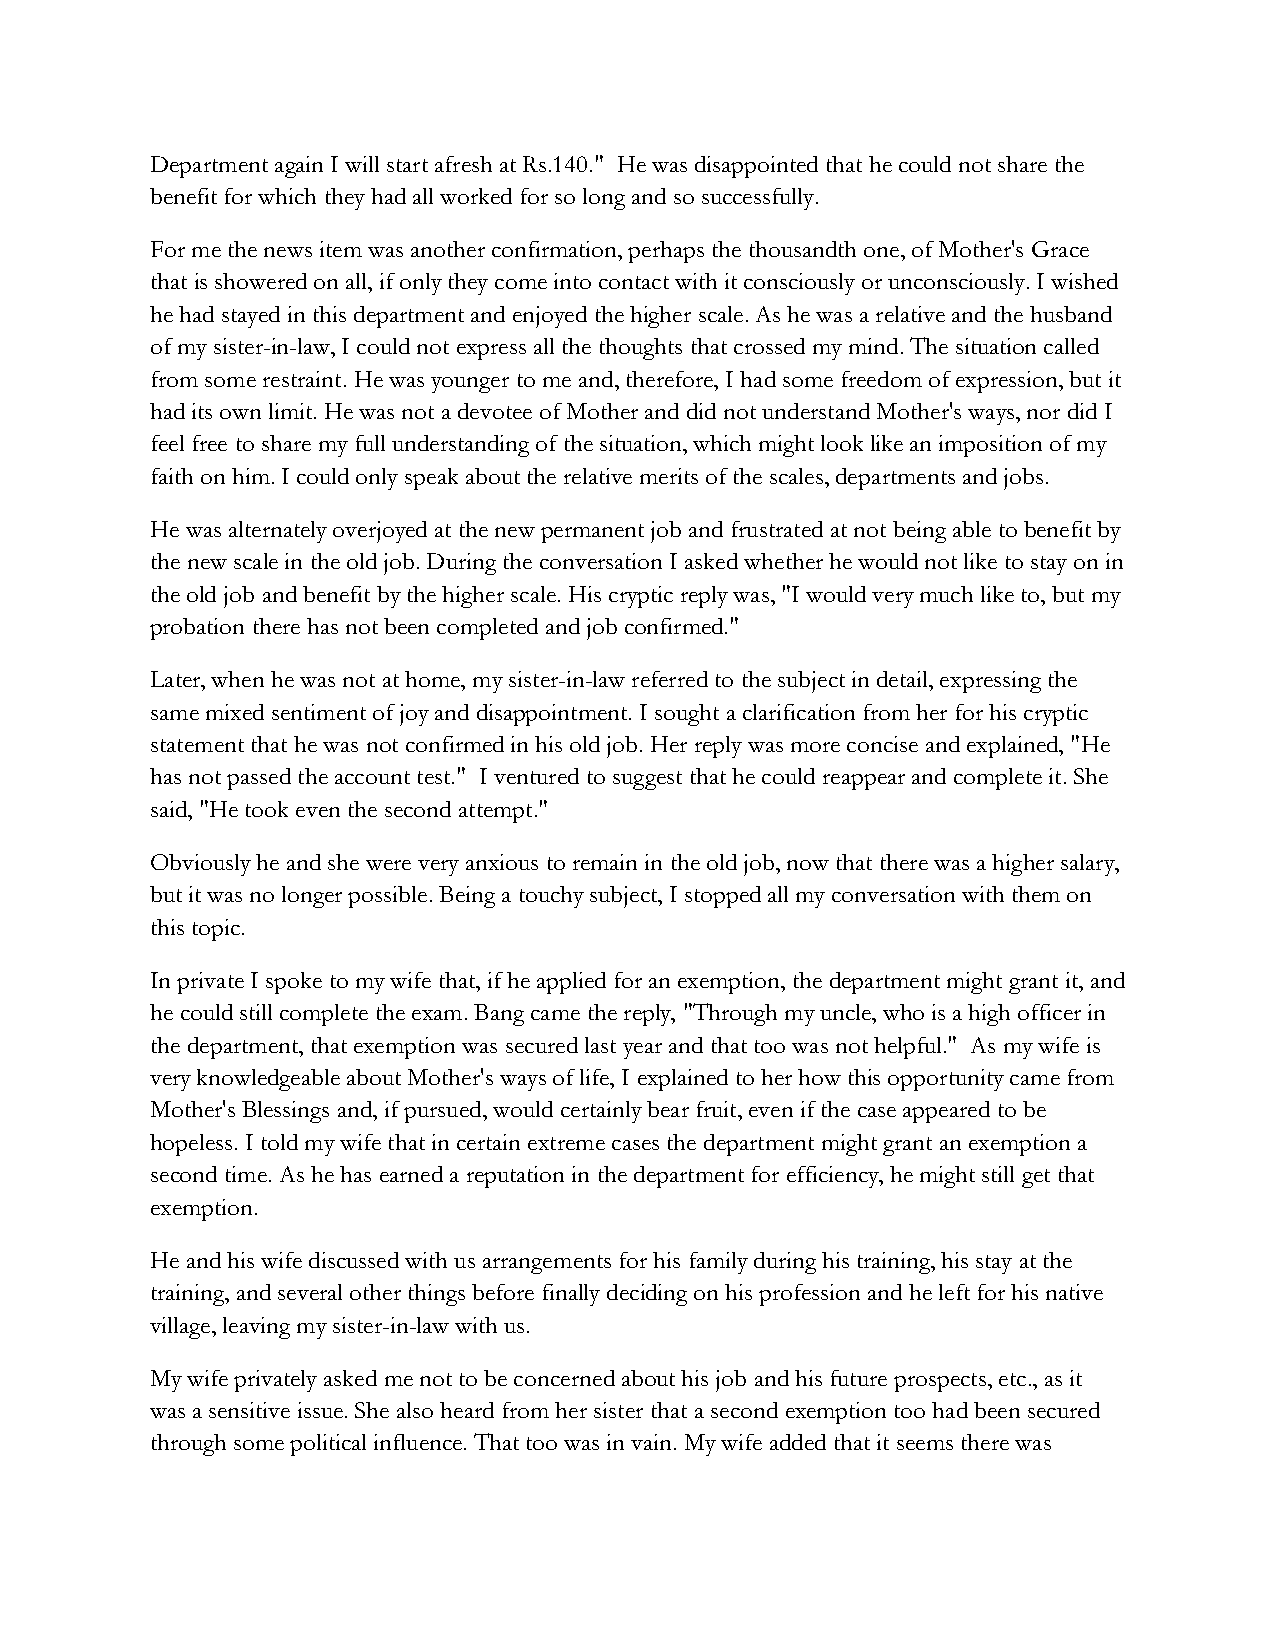
Department again I will start afresh at Rs.140." He was disappointed that he could not share the
 benefit for which they had all worked for so long and so successfully.
 For me the news item was another confirmation, perhaps the thousandth one, of Mother's Grace
 that is showered on all, if only they come into contact with it consciously or unconsciously. I wished
 he had stayed in this department and enjoyed the higher scale. As he was a relative and the husband
 of my sister-in-law, I could not express all the thoughts that crossed my mind. The situation called
 from some restraint. He was younger to me and, therefore, I had some freedom of expression, but it
 had its own limit. He was not a devotee of Mother and did not understand Mother's ways, nor did I
 feel free to share my full understanding of the situation, which might look like an imposition of my
 faith on him. I could only speak about the relative merits of the scales, departments and jobs.
 He was alternately overjoyed at the new permanent job and frustrated at not being able to benefit by
 the new scale in the old job. During the conversation I asked whether he would not like to stay on in
 the old job and benefit by the higher scale. His cryptic reply was, "I would very much like to, but my
 probation there has not been completed and job confirmed."
 Later, when he was not at home, my sister-in-law referred to the subject in detail, expressing the
 same mixed sentiment of joy and disappointment. I sought a clarification from her for his cryptic
 statement that he was not confirmed in his old job. Her reply was more concise and explained, "He
 has not passed the account test." I ventured to suggest that he could reappear and complete it. She
 said, "He took even the second attempt."
 Obviously he and she were very anxious to remain in the old job, now that there was a higher salary,
 but it was no longer possible. Being a touchy subject, I stopped all my conversation with them on
 this topic.
 In private I spoke to my wife that, if he applied for an exemption, the department might grant it, and
 he could still complete the exam. Bang came the reply, "Through my uncle, who is a high officer in
 the department, that exemption was secured last year and that too was not helpful." As my wife is
 very knowledgeable about Mother's ways of life, I explained to her how this opportunity came from
 Mother's Blessings and, if pursued, would certainly bear fruit, even if the case appeared to be
 hopeless. I told my wife that in certain extreme cases the department might grant an exemption a
 second time. As he has earned a reputation in the department for efficiency, he might still get that
 exemption.
 He and his wife discussed with us arrangements for his family during his training, his stay at the
 training, and several other things before finally deciding on his profession and he left for his native
 village, leaving my sister-in-law with us.
 My wife privately asked me not to be concerned about his job and his future prospects, etc., as it
 was a sensitive issue. She also heard from her sister that a second exemption too had been secured
 through some political influence. That too was in vain. My wife added that it seems there was